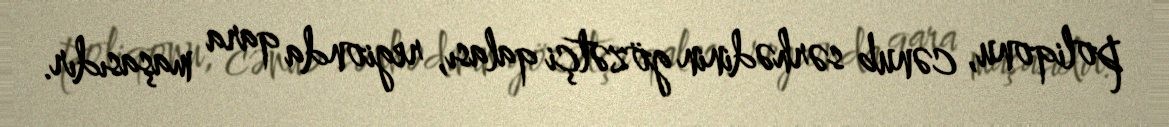
poliqonu, cənub sərhədinin gözətçi qalası, regionda qara maşasıdır.